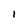
Character: l